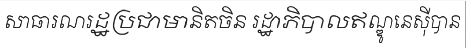
សាធារណរដ្ឋប្រជាមានិតចិន រដ្ឋាភិបាលឥណ្ឌូនេស៊ីបាន